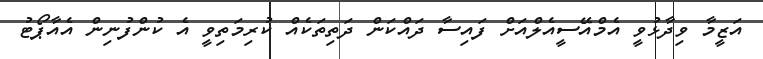
އަޒީމާ ވިދާޅުވީ އެމްއޭސީއެލްއަށް ފައިސާ ދައްކަން ދަތިތަކެއް ކުރިމަތިވީ އެ ކުންފުނިން އެއާޕޯޓު